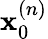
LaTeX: \mathbf{x}_{0}^{(n)}